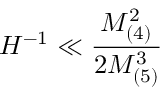
H ^ { - 1 } \ll \frac { M _ { ( 4 ) } ^ { 2 } } { 2 M _ { ( 5 ) } ^ { 3 } }